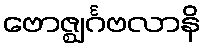
ဗောဇ္ဈင်္ဂဗလာနိ